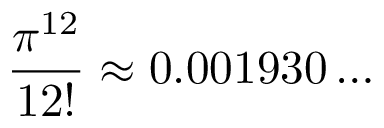
{ \frac { \pi ^ { 1 2 } } { 1 2 ! } } \approx 0 . 0 0 1 9 3 0 \ldots